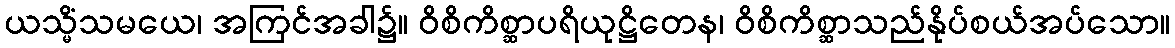
ယသ္မိံသမယေ၊ အကြင်အခါ၌။ ဝိစိကိစ္ဆာပရိယုဋ္ဌိတေန၊ ဝိစိကိစ္ဆာသည်နိုပ်စယ်အပ်သော။